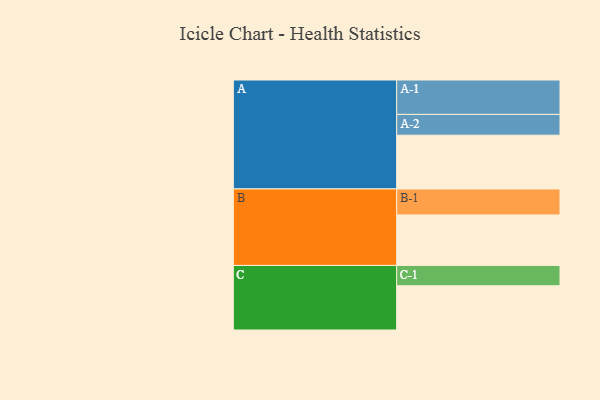
{"axis": {"x": "Segment", "y": "Value"}, "legend": ["", "A", "B", "C"], "data": [{"x": "A", "y": 447, "type": ""}, {"x": "B", "y": 420, "type": ""}, {"x": "C", "y": 368, "type": ""}, {"x": "A-1", "y": 286, "type": "A"}, {"x": "A-2", "y": 173, "type": "A"}, {"x": "B-1", "y": 216, "type": "B"}, {"x": "C-1", "y": 169, "type": "C"}]}